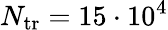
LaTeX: N_{\mathrm{tr}}=15\cdot 10^{4}